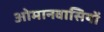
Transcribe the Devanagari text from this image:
ओमानवासियों